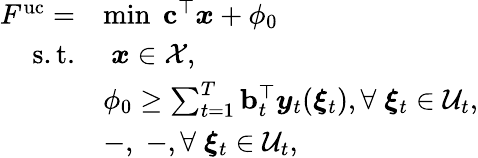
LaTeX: \begin{array}{rl}{F^{\mathrm{{uc}}}=}&{\operatorname*{min}\; {\mathbf c}^{\top}{\boldsymbol x}+\phi_{0}}\\ {\mathrm{s.t.}}&{\; {\boldsymbol x}\in\mathcal{X},}\\ &{\phi_{0}\geq\sum_{t=1}^{T}{\mathbf b}_{t}^{\top}{\boldsymbol y}_{t}({\boldsymbol\xi}_{t}),\forall\; {\boldsymbol\xi}_{t}\in\mathcal{U}_{t},}\\ &{-,\; -,\forall\; {\boldsymbol\xi}_{t}\in\mathcal{U}_{t},}\end{array}